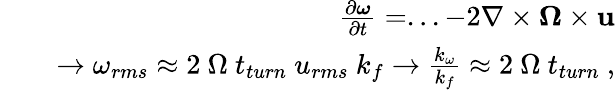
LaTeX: \begin{array}{rlr}&{}&{\frac{\partial\boldsymbol{\omega}}{\partial t}=...-2\nabla\times\boldsymbol{\Omega}\times\mathbf{u}}\\ &{}&{\rightarrow\omega_{rms}\approx 2~\Omega~t_{turn}~u_{rms}~k_{f}\rightarrow\frac{k_{\omega}}{k_{f}}\approx 2~\Omega~t_{turn}~,}\end{array}